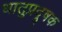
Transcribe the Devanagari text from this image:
धातुप्रदूषक